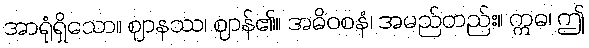
အာရုံရှိသော။ ဈာနဿ၊ ဈာန်၏။ အဓိဝစနံ၊ အမည်တည်း။ ဣဓ၊ ဤ